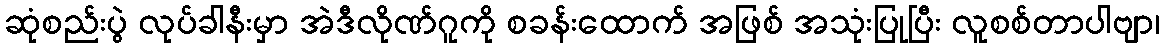
ဆုံစည်းပွဲ လုပ်ခါနီးမှာ အဲဒီလိုဏ်ဂူကို စခန်းထောက် အဖြစ် အသုံးပြုပြီး လူစစ်တာပါဗျာ၊